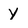
Character: Y